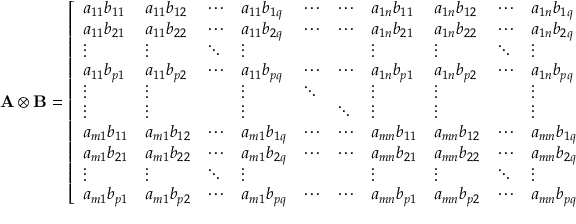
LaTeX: { \mathbf { A } \otimes \mathbf { B } } = { \left[ \begin{array} { l l l l l l l l l l } { a _ { 1 1 } b _ { 1 1 } } & { a _ { 1 1 } b _ { 1 2 } } & { \cdots } & { a _ { 1 1 } b _ { 1 q } } & { \cdots } & { \cdots } & { a _ { 1 n } b _ { 1 1 } } & { a _ { 1 n } b _ { 1 2 } } & { \cdots } & { a _ { 1 n } b _ { 1 q } } \\ { a _ { 1 1 } b _ { 2 1 } } & { a _ { 1 1 } b _ { 2 2 } } & { \cdots } & { a _ { 1 1 } b _ { 2 q } } & { \cdots } & { \cdots } & { a _ { 1 n } b _ { 2 1 } } & { a _ { 1 n } b _ { 2 2 } } & { \cdots } & { a _ { 1 n } b _ { 2 q } } \\ { \vdots } & { \vdots } & { \ddots } & { \vdots } & { } & { } & { \vdots } & { \vdots } & { \ddots } & { \vdots } \\ { a _ { 1 1 } b _ { p 1 } } & { a _ { 1 1 } b _ { p 2 } } & { \cdots } & { a _ { 1 1 } b _ { p q } } & { \cdots } & { \cdots } & { a _ { 1 n } b _ { p 1 } } & { a _ { 1 n } b _ { p 2 } } & { \cdots } & { a _ { 1 n } b _ { p q } } \\ { \vdots } & { \vdots } & { } & { \vdots } & { \ddots } & { } & { \vdots } & { \vdots } & { } & { \vdots } \\ { \vdots } & { \vdots } & { } & { \vdots } & { } & { \ddots } & { \vdots } & { \vdots } & { } & { \vdots } \\ { a _ { m 1 } b _ { 1 1 } } & { a _ { m 1 } b _ { 1 2 } } & { \cdots } & { a _ { m 1 } b _ { 1 q } } & { \cdots } & { \cdots } & { a _ { m n } b _ { 1 1 } } & { a _ { m n } b _ { 1 2 } } & { \cdots } & { a _ { m n } b _ { 1 q } } \\ { a _ { m 1 } b _ { 2 1 } } & { a _ { m 1 } b _ { 2 2 } } & { \cdots } & { a _ { m 1 } b _ { 2 q } } & { \cdots } & { \cdots } & { a _ { m n } b _ { 2 1 } } & { a _ { m n } b _ { 2 2 } } & { \cdots } & { a _ { m n } b _ { 2 q } } \\ { \vdots } & { \vdots } & { \ddots } & { \vdots } & { } & { } & { \vdots } & { \vdots } & { \ddots } & { \vdots } \\ { a _ { m 1 } b _ { p 1 } } & { a _ { m 1 } b _ { p 2 } } & { \cdots } & { a _ { m 1 } b _ { p q } } & { \cdots } & { \cdots } & { a _ { m n } b _ { p 1 } } & { a _ { m n } b _ { p 2 } } & { \cdots } & { a _ { m n } b _ { p q } } \end{array} \right] } .